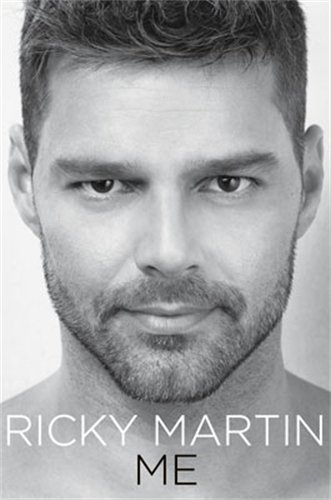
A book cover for Me; Ricky Martin; Gay & Lesbian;